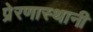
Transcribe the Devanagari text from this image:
प्रेरणास्थानी